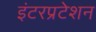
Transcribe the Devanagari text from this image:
इंटरप्रटेशन